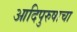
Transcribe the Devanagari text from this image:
आदिपुरुषाचा